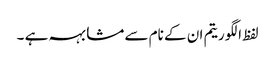
لفظ الگوریتم ان کے نام سے مشابہہ ہے ۔